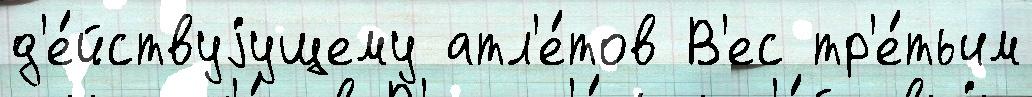
д'е́йствуjущему атл'е́тов В'ес тр'е́тьим